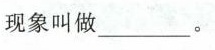
现象叫做____。